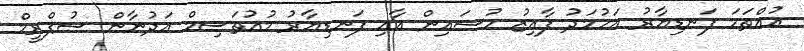
އުއްތަމަ ފަނޑިޔާރު އަހުމަދު ފާއިޒު ހުސައިން އާއި ފަނޑިޔާރު މުއުތަސިމް އަދުނާން ސުޕްރީމް